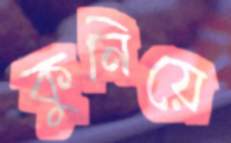
কুনিয়ে